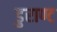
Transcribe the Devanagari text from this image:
डुराण्ट